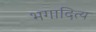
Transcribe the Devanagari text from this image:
भगादित्य